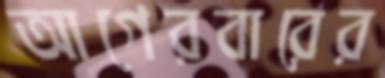
আগেরবারের